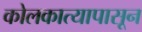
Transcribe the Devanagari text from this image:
कोलकात्यापासून